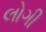
લોગી